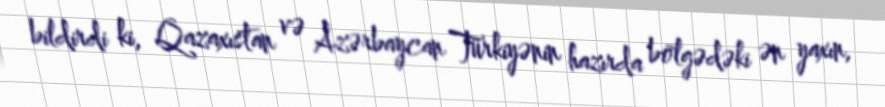
bildirdi ki, Qazaxıstan və Azərbaycan Türkiyənin hazırda bölgədəki ən yaxın,